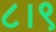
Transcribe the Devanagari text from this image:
८।९